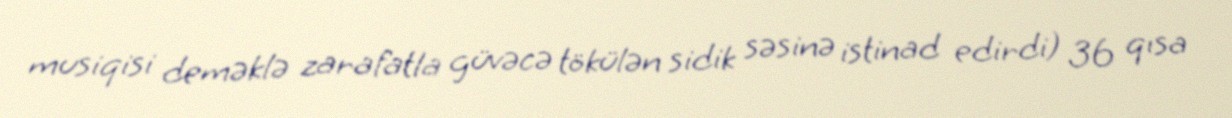
musiqisi deməklə zarafatla güvəcə tökülən sidik səsinə istinad edirdi) 36 qısa